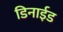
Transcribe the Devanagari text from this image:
डिनाईड